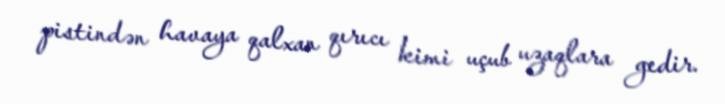
pistindən havaya qalxan qırıcı kimi uçub uzaqlara gedir.